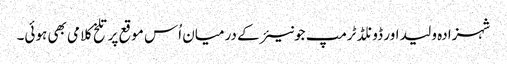
شہزادہ ولید اور ڈونلڈ ٹرمپ جونیئر کے درمیان اُس موقع پر تلخ کلامی بھی ہوئی۔